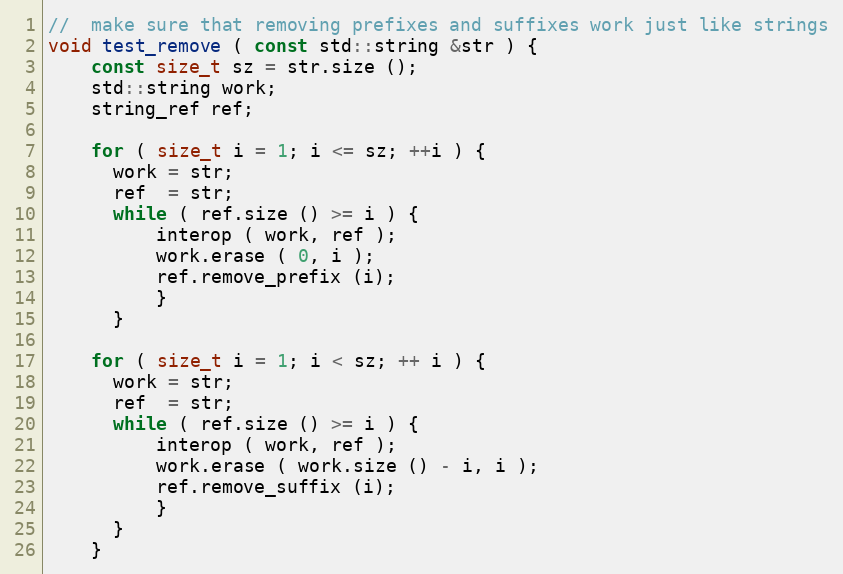
Language: C++
//  make sure that removing prefixes and suffixes work just like strings
void test_remove ( const std::string &str ) {
    const size_t sz = str.size ();
    std::string work;
    string_ref ref;

    for ( size_t i = 1; i <= sz; ++i ) {
      work = str;
      ref  = str;
      while ( ref.size () >= i ) {
          interop ( work, ref );
          work.erase ( 0, i );
          ref.remove_prefix (i);
          }
      }

    for ( size_t i = 1; i < sz; ++ i ) {
      work = str;
      ref  = str;
      while ( ref.size () >= i ) {
          interop ( work, ref );
          work.erase ( work.size () - i, i );
          ref.remove_suffix (i);
          }
      }
    }